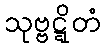
သုဗ္ဗဋ္ဋိတံ